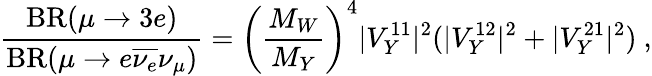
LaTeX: {\frac{\mathrm{BR}(\mu\to 3e)}{\mathrm{BR}(\mu\to e\overline{{{\nu_{e}}}}\nu_{\mu})}}=\left(\frac{M_{W}}{M_{Y}}\right)^{4}|V_{Y}^{11}|^{2}(|V_{Y}^{12}|^{2}+|V_{Y}^{21}|^{2})\ ,